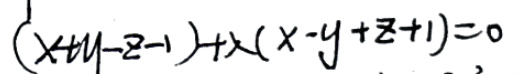
$(x + y - z - 1) + \lambda (x - y + z + 1) = 0$